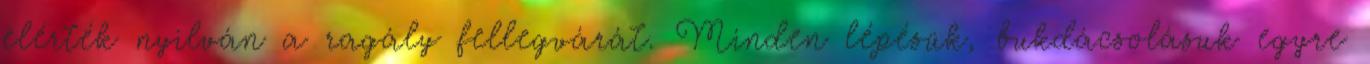
elérték nyilván a ragály fellegvárát. Minden lépésük, bukdácsolásuk egyre